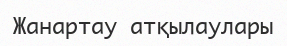
Жанартау атқылаулары